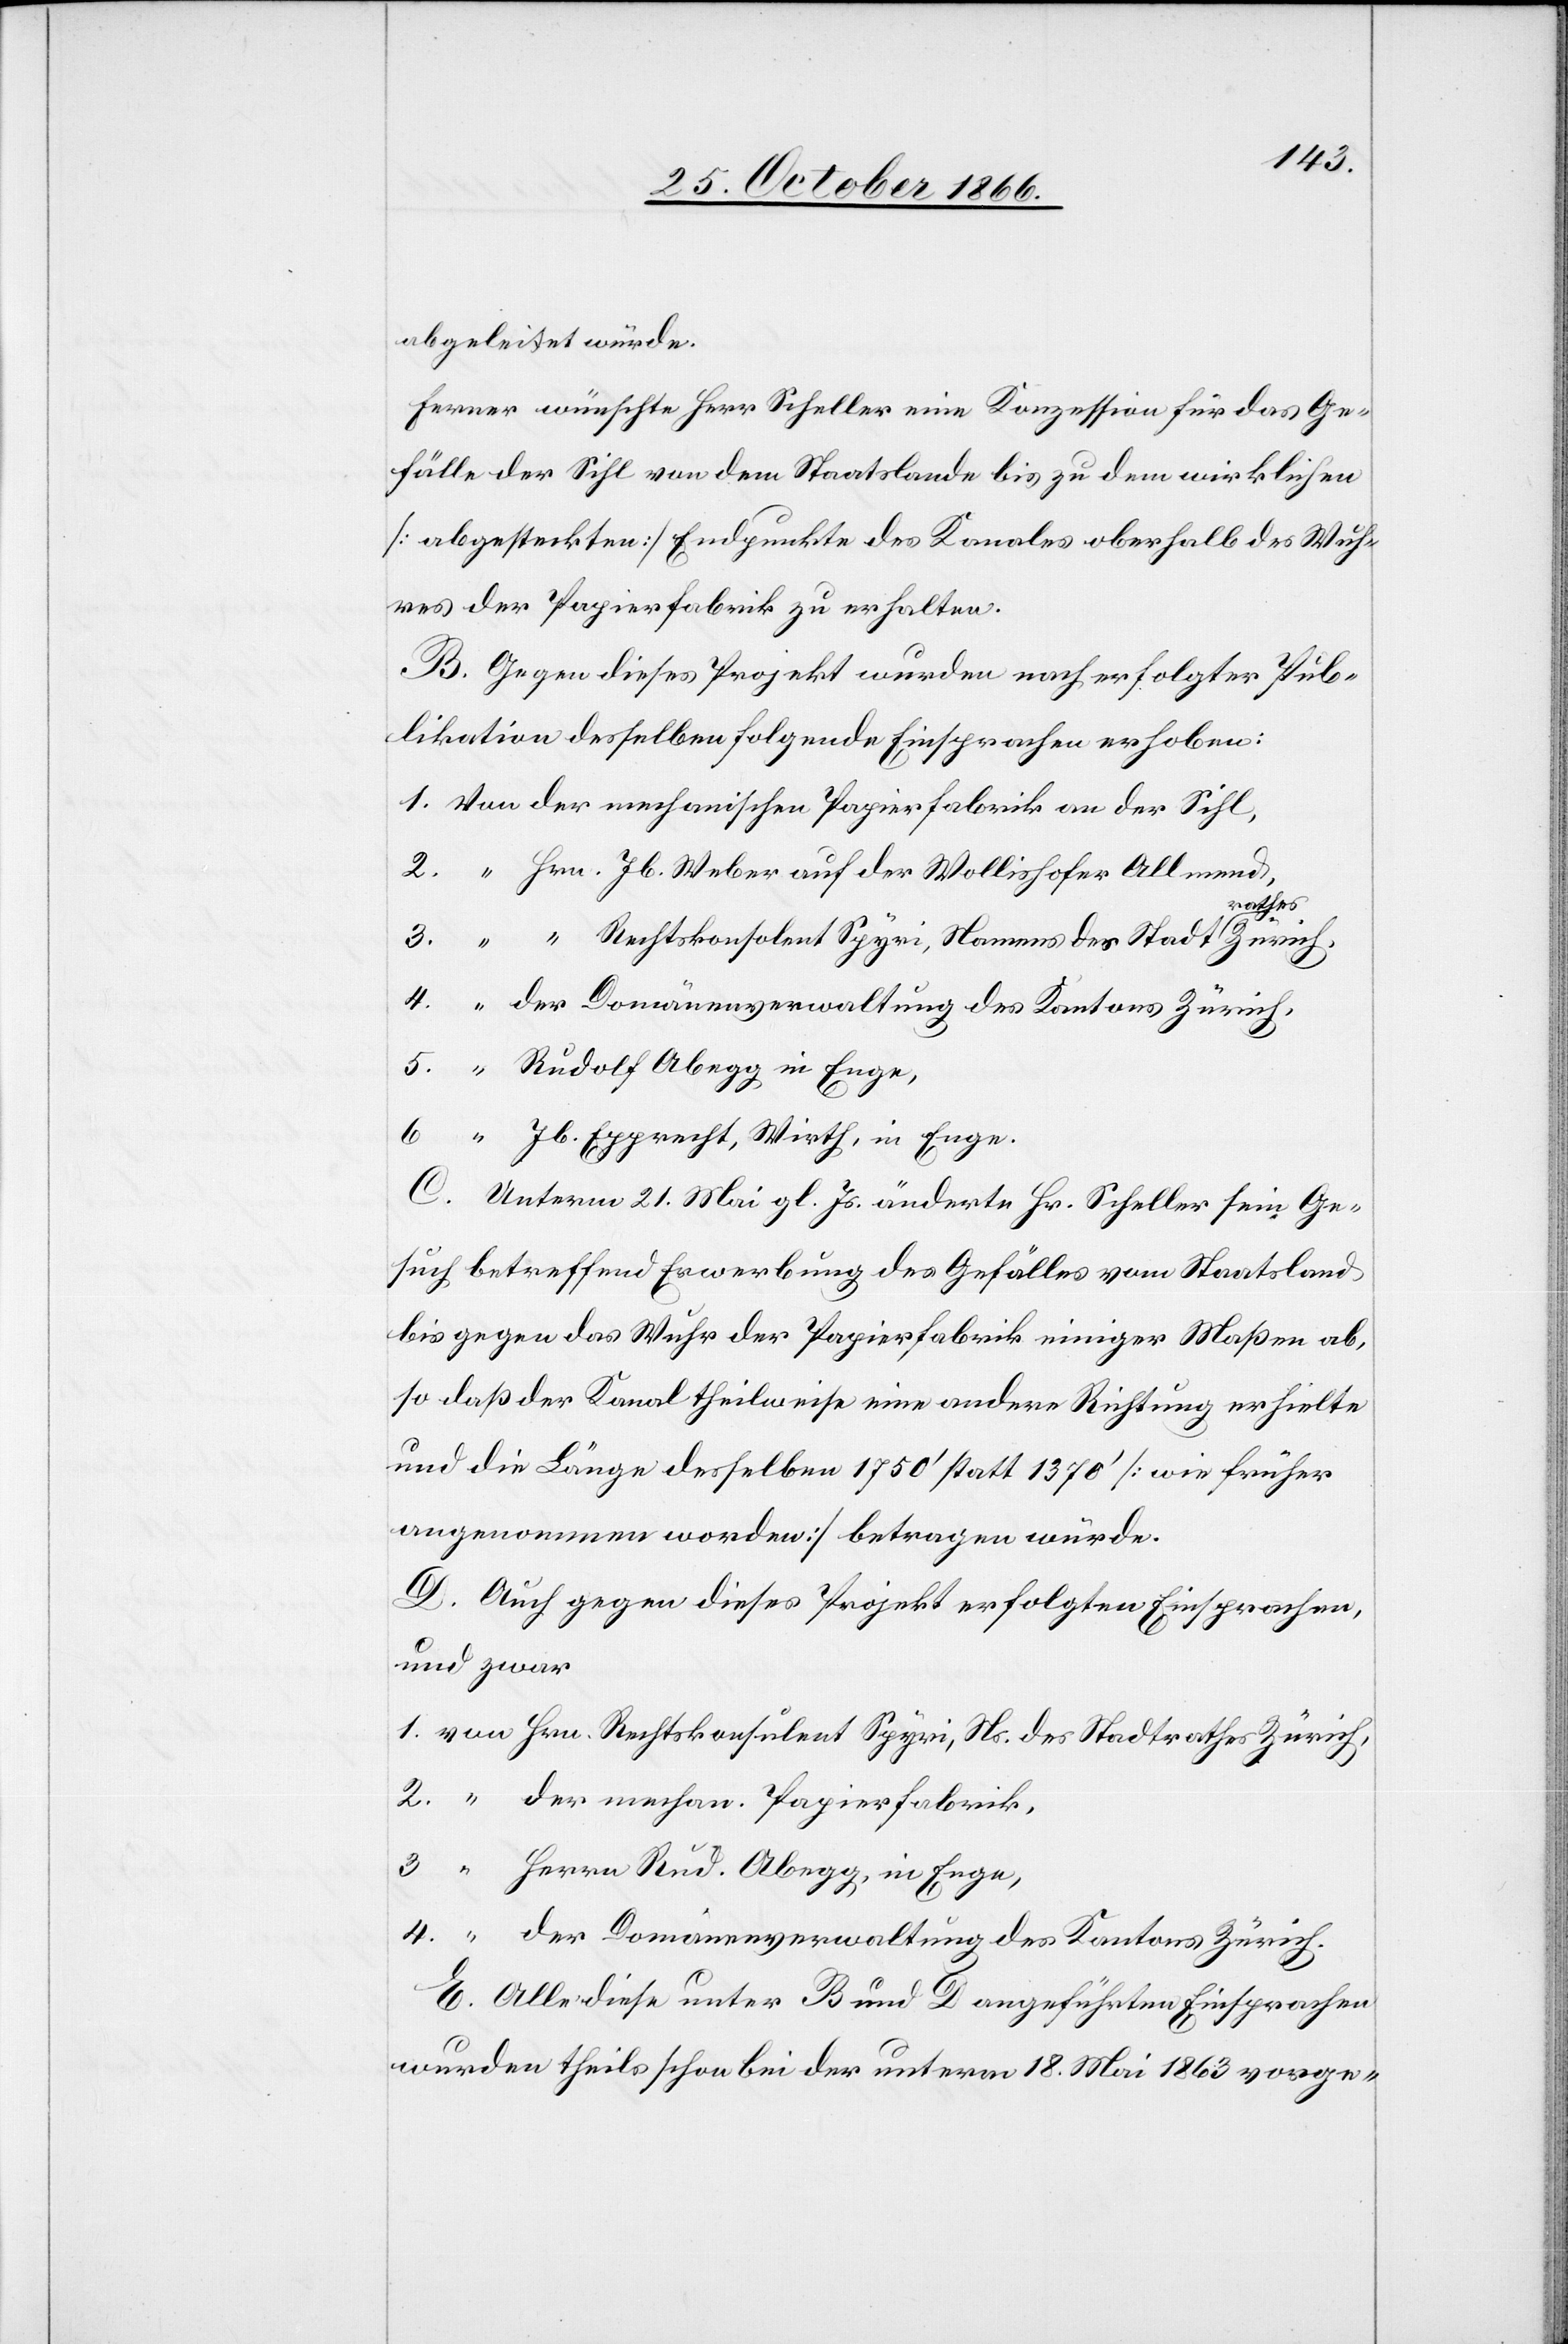
abgeleitet würde.
Ferner wünschte Herr Scheller eine Konzession für das Ge¬
fälle der Sihl von dem Staatslande bis zu dem wirklichen
[abgesteckten] Endpunkte des Kanales oberhalb des Wuh¬
res der Papierfabrik zu erhalten.
B. Gegen dieses Projekt wurden nach erfolgter Pub¬
likation desselben folgende Einsprachen erhoben:
1. Von der mechanischen Papierfabrik an der Sihl,
2. “ Hrn. Jb. Weber auf der Wollishofer Allmend,
3. “ “ Rechtskonsolent Spyri, Namens des Stadtrathes Zürich,
4. “ der Domänenverwaltung des Kantons Zürich,
5. “ Rudolf Abegg in Enge,
6.
“ Jb. Epprecht, Wirth, in Enge.
C. Unterm 21. Mai gl. Js. änderte Hr. Scheller sein Ge¬
such betreffend Erwerbung des Gefälles vom Staatsland
bis gegen das Wuhr der Papierfabrik einiger Maßen ab,
so daß der Kanal theilweise eine andere Richtung erhielte
und die Länge desselben 1750‘ statt 1370‘ [wie früher
angenommen worden] betragen würde.
D. Auch gegen dieses Projekt erfolgten Einsprachen,
und zwar
1. von Hrn. Rechtskonsulent [sic!] Spyri, Ns. des Stadtrathes Zürich,
2. “ der mechan. Papierfabrik,
3. “ Herrn Rud. Abegg, in Enge,
4. “ der Domänenverwaltung des Kantons Zürich.
E. Alle diese unter B und D angeführten Einsprachen
wurden theils schon bei der unterm 18. Mai 1863 vorge-